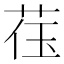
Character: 𬜳